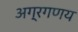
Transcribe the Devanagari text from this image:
अग्रगणय